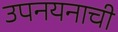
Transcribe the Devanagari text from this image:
उपनयनाची